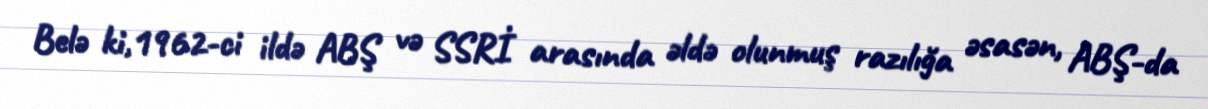
Belə ki,1962-ci ildə ABŞ və SSRİ arasında əldə olunmuş razılığa əsasən, ABŞ-da